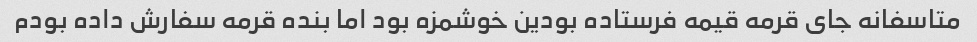
متاسفانه جای قرمه قیمه فرستاده بودین خوشمزه بود اما بنده قرمه سفارش داده بودم